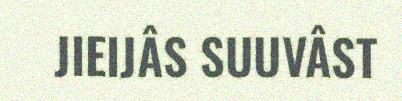
JIEIJÂS SUUVÂST